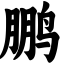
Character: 鹏